Senior Leaving Certificate Examination (including Day School Certificate (Higher) General paper), 1946
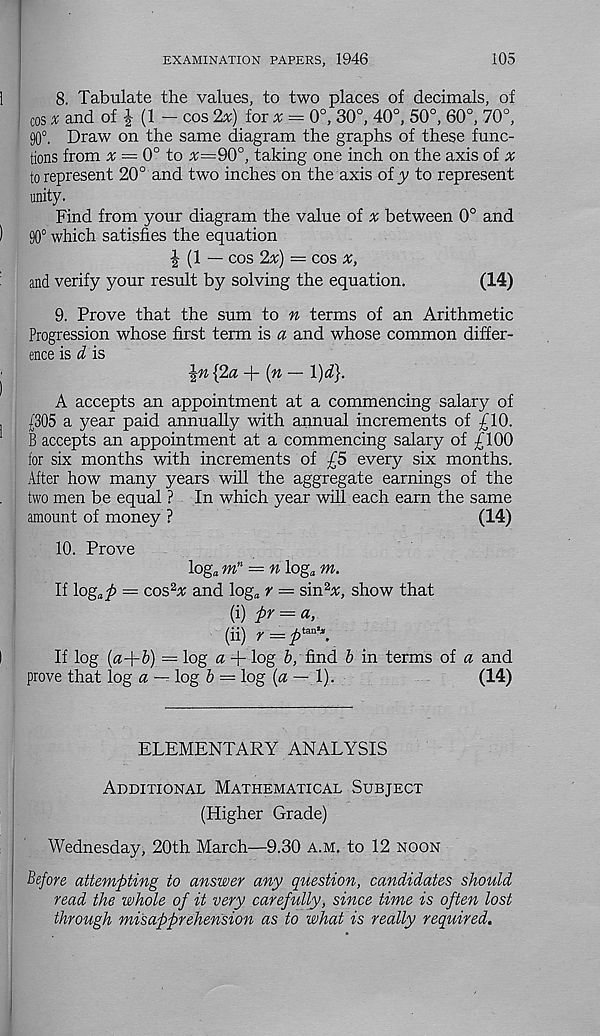
EXAMINATION PAPERS, 1946
105
1
8. Tabulate the values, to two places of decimals, of
; C os * and of £ (1 - cos 2x) for * = 0°, 30°, 40°, 50°, 60°, 70°,
90°. Draw on the same diagram the graphs of these func-
tions from ^ — 0° to ^=90°, taking one inch on the axis of %
to represent 20° and two inches on the axis of jy to represent
unity.
Find from your diagram the value of % between 0° and
)
90° which satisfies the equation
| (1 — cos 2x) = cos x,
and verify your result by solving the equation.
(14)
9. Prove that the sum to n terms of an Arithmetic
Progression whose first term is a and whose common differ-
ence is d is
{2« + (« — l)dj.
A accepts an appointment at a commencing salary of
,
{305 a year paid annually with annual increments of £10.
B accepts an appointment at a commencing salary of £100
for six months with increments of £5 every six months.
After how many years will the aggregate earnings of the
two men be equal ? In which year will each earn the same
amount of money ?
(14)
10. Prove
log a m n — n log* m.
If log a p = cos 2 # and log 3 r — sin 2 #, show that
(i) fir = a,
(ii) r = fi tRa \
I
If log {a-fib) = log a + log b, find b in terms of a and
prove that log a — log b — log [a — 1).
(14)
ELEMENTARY ANALYSIS
Additional Mathematical Subject
(Higher Grade)
Wednesday, 20th March—9.30 a.m. to 12 noon
Before attemfiting to answer any question, candidates should
read the whole of it very carefully, since time is often lost
through misapprehension as to what is really required.